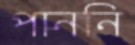
পাননি